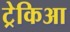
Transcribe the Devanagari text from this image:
ट्रेकिआ